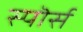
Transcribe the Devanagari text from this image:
स्पॊर्स